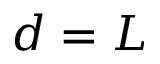
d = L